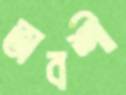
অবশী